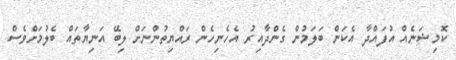
ކޮމިޝަނެއް އުފައްދާ އެކަން ބަލަމުން ގެންދާއިރު އެހެނިހެން ރައްޔިތުންނަށް ލިބޭ އަނިޔާތައް ބެލުމަށްވެސް